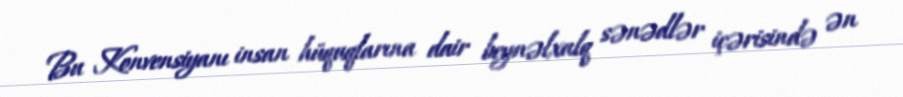
Bu Konvensiyanı insan hüquqlarına dair beynəlxalq sənədlər içərisində ən